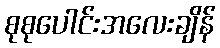
စုစုပေါင်းအလေးချိန်